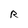
Character: R